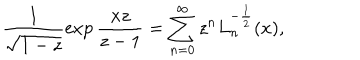
\frac 1 { \sqrt { 1 - z } } \exp \frac { x z } { z - 1 } = \sum _ { n = 0 } ^ { \infty } z ^ { n } L _ { n } ^ { - \frac 1 2 } ( x ) ,